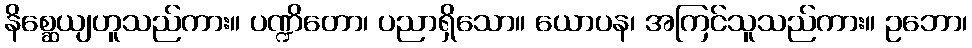
နိစ္ဆေယျဟူသည်ကား။ ပဏ္ဍိတော၊ ပညာရှိသော။ ယောပန၊ အကြင်သူသည်ကား။ ဥဘော၊